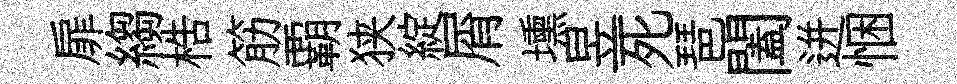
扉縐梏筋覇狭綻屑壎昱死琶闔迸悃